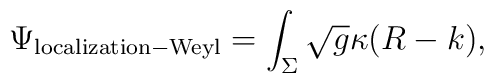
\Psi_{{\rm localization - Weyl}} = \int_{\Sigma} \sqrt{g} \kappa ( R - k),